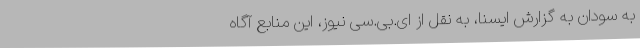
به سودان به گزارش ایسنا، به نقل از ای.بی.سی نیوز، این منابع آگاه